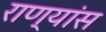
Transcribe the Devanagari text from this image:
राण्यांस